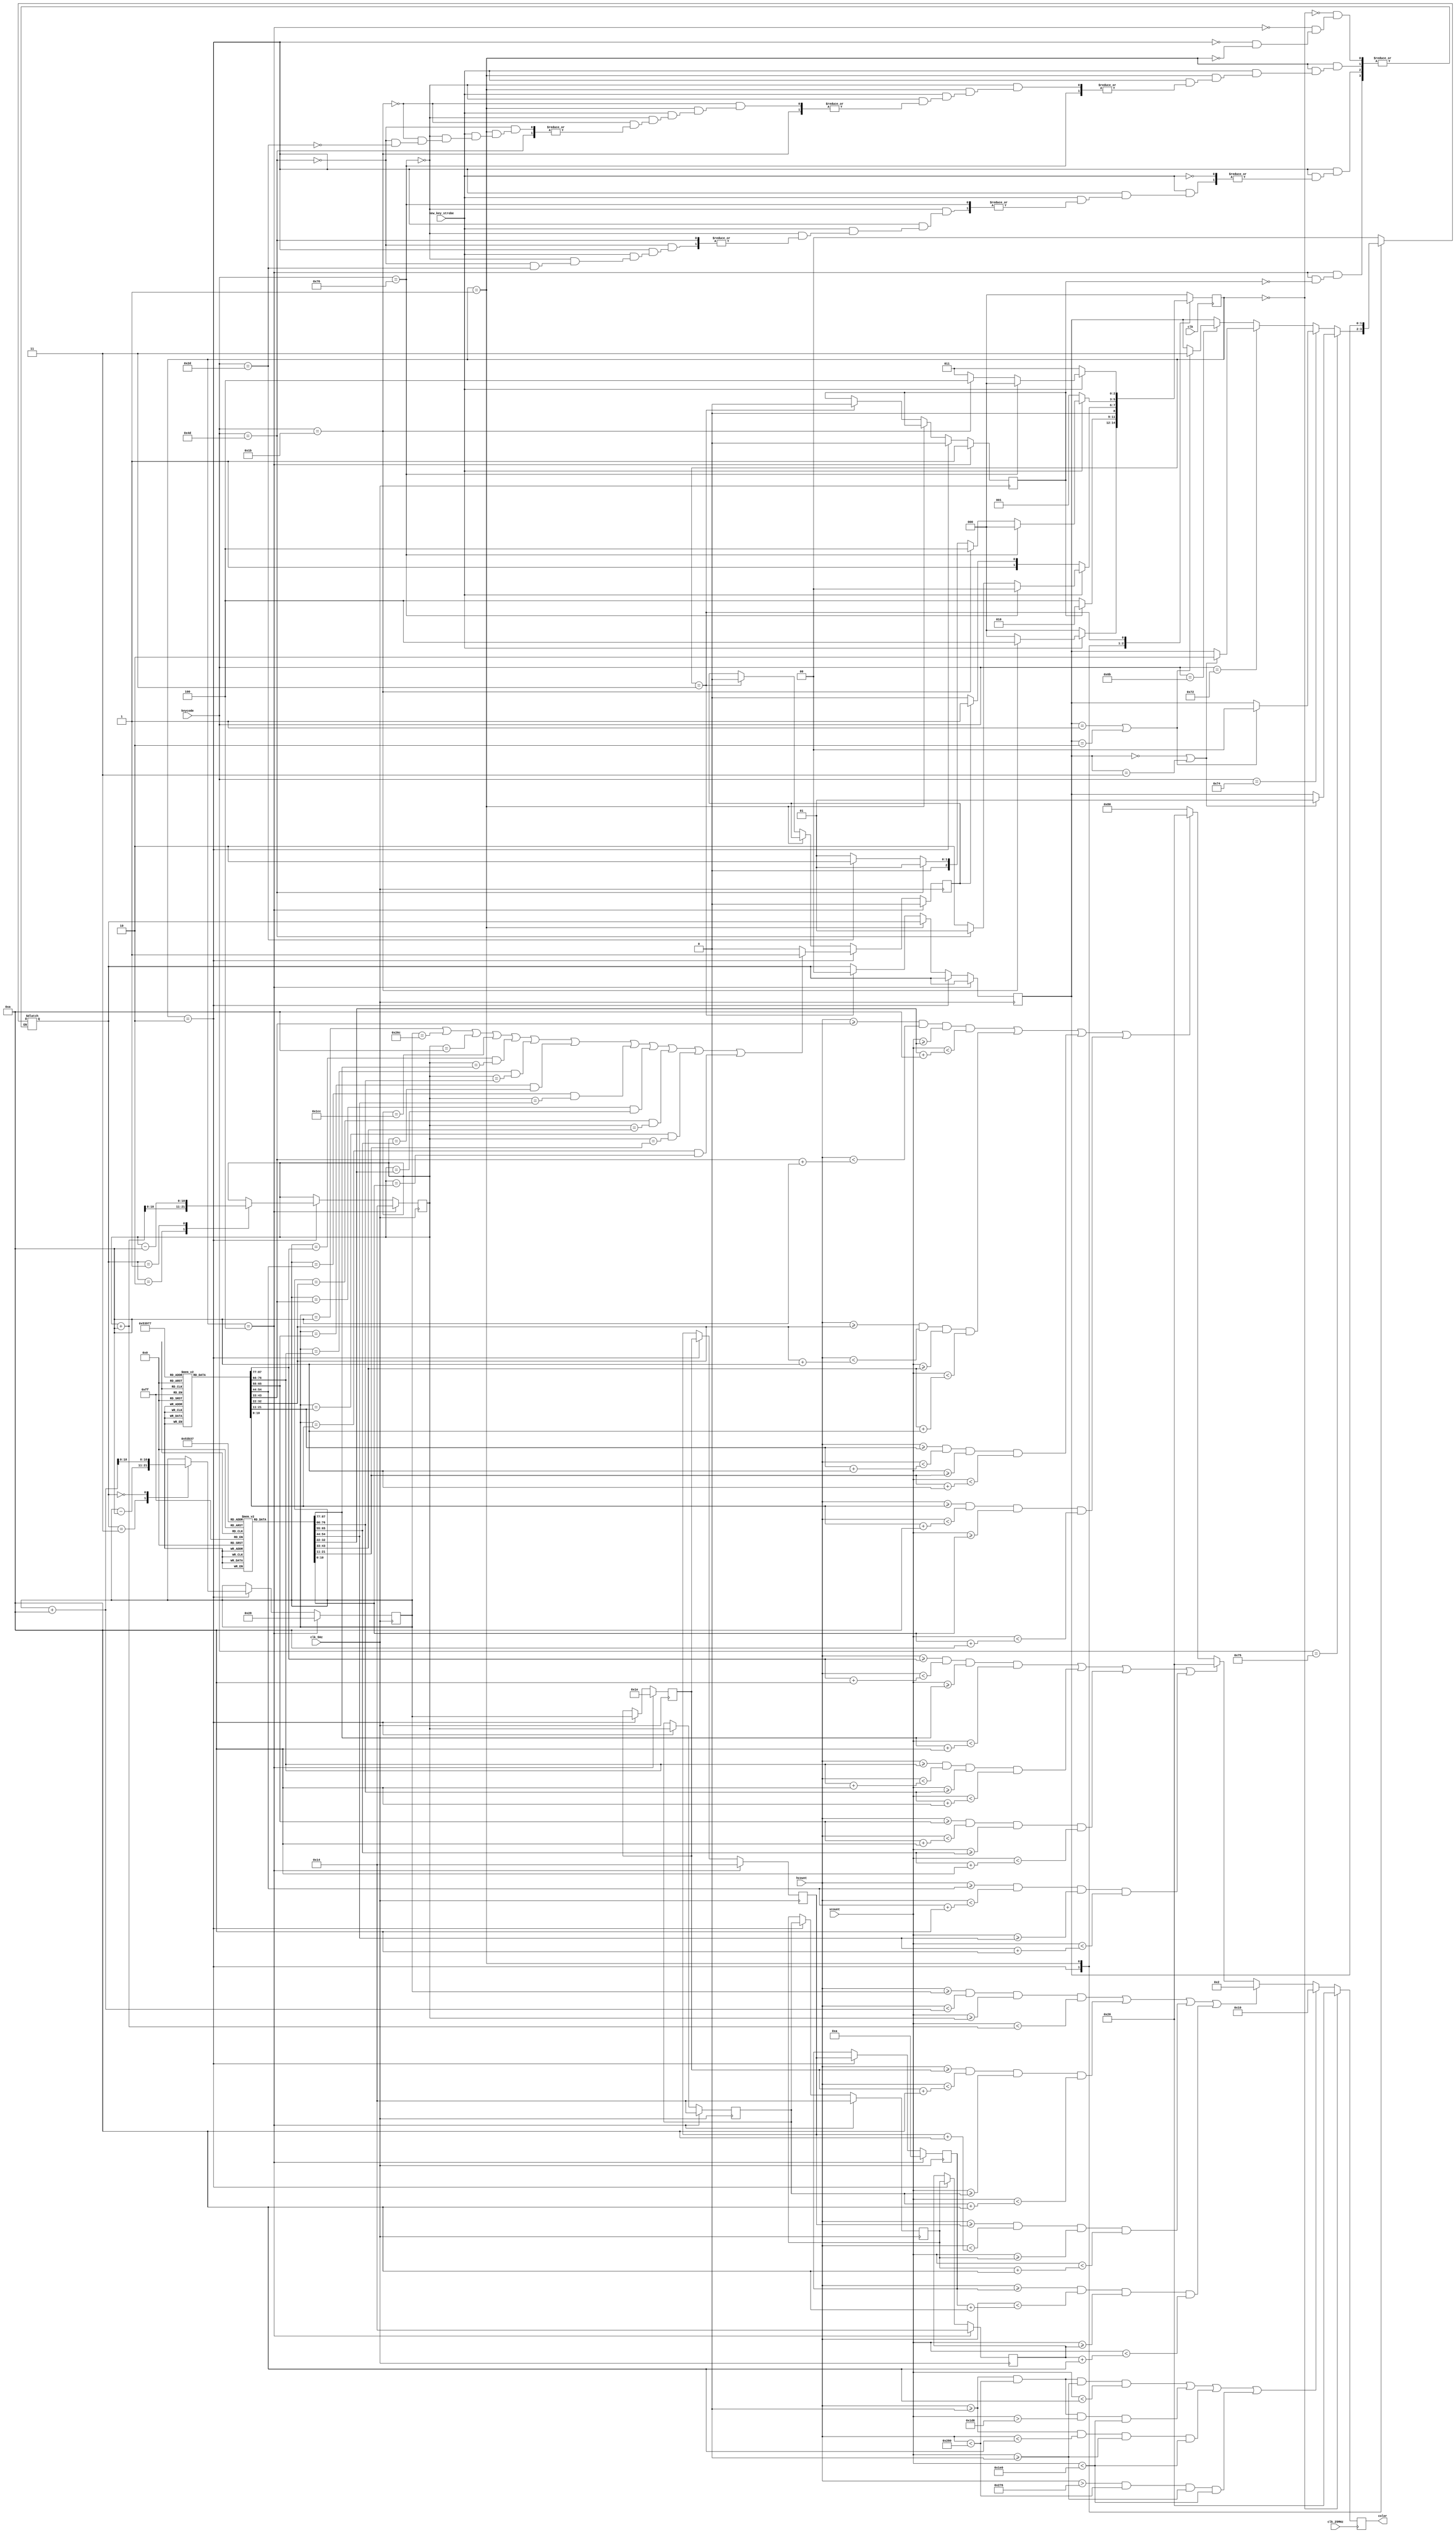
module game_state_machine(clk, clk_25MHz, clk_5Hz, keycode, new_key_strobe, hcount, vcount, color); 
input clk, clk_25MHz, clk_5Hz, new_key_strobe; 
input [10:0] hcount, vcount; //the clk_25MHz should be the same one used for VGA output
input [7:0] keycode;
output reg [7:0] color; 

reg snake;
reg [2:0] game_state; // 000 = game hasn't started yet, 001 = game is pause, 010 = normal game play, 011 = game over, 100 = start_position
reg [2:0] nxt_game_state; 
reg [1:0] direction, direction_nxt; // 00 = up, 01 = right, 10 = down, 11 = left
reg [10:0] SnakeX [0:3], SnakeY[0: 3]; //stores the X and Y coordinates of each of the 4 blocks that make up the snake 
reg collision; 

reg [10:0] BombX [0:7], BombY[0: 7];

reg sync_state, sync_state_nxt, strobe_tiny;
reg start_ack, start_flag;

parameter [2:0] game_not_started = 3'b000;
parameter [2:0] game_paused = 3'b001;
parameter [2:0] normal_game_play = 3'b010;
parameter [2:0] game_over = 3'b011;
parameter [2:0] start_position = 3'b100;

parameter [1:0] up = 2'b01;
parameter [1:0] right = 2'b00;
parameter [1:0] down = 2'b10;
parameter [1:0] left = 2'b11;

parameter [7:0] esc_key = 8'h76;
parameter [7:0] s_key = 8'h1B;
parameter [7:0] p_key = 8'h4D;
parameter [7:0] r_key = 8'h2D;
parameter [7:0] up_arrow_key = 8'h75;
parameter [7:0] right_arrow_key = 8'h74;
parameter [7:0] down_arrow_key = 8'h72;
parameter [7:0] left_arrow_key = 8'h6B;

parameter [7:0] white = 8'b10000000;
parameter [7:0] blue = 8'b00000010;
parameter [7:0] red = 8'b00010000;
parameter [7:0] black = 8'b00100000;

initial 
begin 
///place bombs /// 
BombX[0] <= 200; 
BombX[1] <= 400; 
BombX[2] <= 100; 
BombX[3] <= 200; 
BombX[4] <= 500; 
BombX[5] <= 600; 
BombX[6] <= 300; 
BombX[7] <= 400; 

BombY[0] <= 100; 
BombY[1] <= 200; 
BombY[2] <= 300; 
BombY[3] <= 400; 
BombY[4] <= 100; 
BombY[5] <= 200; 
BombY[6] <= 300; 
BombY[7] <= 400;

//put snake in starting location 
SnakeX[0] <= 40; 
SnakeX[1] <= 30; 
SnakeX[2] <= 20; 
SnakeX[3] <= 10; 

SnakeY[0] <= 20; 
SnakeY[1] <= 20; 
SnakeY[2] <= 20; 
SnakeY[3] <= 20; 

//initial direction
direction <= right; 
direction_nxt <= right; 
game_state <= game_not_started;
nxt_game_state <= game_not_started; 
collision <= 0; 

sync_state <= 0; 
start_ack <= 0; 
start_flag <=0; 

end 

//new_key_strobe reduced to single pulse 
always @(new_key_strobe, sync_state)
begin 
case(sync_state)
	0: if(new_key_strobe == 1) begin strobe_tiny = 1;  sync_state_nxt = 1; end 
	   else begin strobe_tiny = 0; sync_state_nxt = 0; end 
	1: if(new_key_strobe == 1) begin strobe_tiny = 0; sync_state_nxt = 1; end 
	   else begin strobe_tiny = 0; sync_state_nxt= 0; end 
endcase
end

always @(posedge clk)
begin 
sync_state <= sync_state_nxt; 
game_state <= nxt_game_state; 
end 


always @(strobe_tiny, collision, game_state, keycode) //whenever a key is pressed or the snake hits something, update the game state and snake direction //, collision, ack_reset
begin
    case(game_state)
	   game_not_started: begin 
           start_flag =0; 
           direction_nxt = right; 
	       if(new_key_strobe == 1'b1) begin
				if(keycode == s_key) nxt_game_state = start_position;
				else nxt_game_state = game_not_started;
			end
			else nxt_game_state = game_not_started;	  
		end
		
		start_position: if(start_ack == 0) begin nxt_game_state = start_position; start_flag = 1; end 
            /*if(new_key_strobe == 1'b1) begin
                if(keycode == esc_key) nxt_game_state = game_not_started;
                else if(keycode == s_key) nxt_game_state = start_position; 
                else if(keycode == p_key) nxt_game_state = game_paused;
                else if(keycode == r_key) nxt_game_state = normal_game_play; 
                        
                else if(keycode == up_arrow_key) begin nxt_game_state = normal_game_play; if((direction == right) || (direction == left)) direction_nxt = up; else direction_nxt = direction; end
                else if(keycode == right_arrow_key) begin nxt_game_state = normal_game_play; if((direction == up) || (direction == down)) direction_nxt = right; else direction_nxt = direction; end
                else if(keycode == down_arrow_key) begin nxt_game_state = normal_game_play; if((direction == right) || (direction == left)) direction_nxt = down; else direction_nxt = direction; end
                else if(keycode == left_arrow_key) begin nxt_game_state = normal_game_play; if((direction == up) || (direction == down)) direction_nxt = left; else direction_nxt = direction; end
                else begin nxt_game_state = normal_game_play; direction_nxt = right; end*/
            
            else begin nxt_game_state = normal_game_play; direction_nxt = right; start_flag = 0; end
        
		
        normal_game_play: begin
      
            if(new_key_strobe == 1'b1) begin
                if(keycode == esc_key) nxt_game_state = game_not_started;
                //else if(keycode == s_key) nxt_game_state = start_position; 
                else if(keycode == p_key) nxt_game_state = game_paused;
                else if(keycode == r_key) nxt_game_state = normal_game_play; 
            
                else if(keycode == up_arrow_key) begin nxt_game_state = normal_game_play; if((direction == right) || (direction == left)) direction_nxt = up; else  direction_nxt = direction; end
                else if(keycode == right_arrow_key) begin nxt_game_state = normal_game_play; if((direction == up) || (direction == down)) direction_nxt = right; else direction_nxt = direction; end
                else if(keycode == down_arrow_key) begin nxt_game_state = normal_game_play; if((direction == right) || (direction == left)) direction_nxt = down; else direction_nxt = direction; end
                else if(keycode == left_arrow_key) begin nxt_game_state = normal_game_play; if((direction == up) || (direction == down)) direction_nxt = left; else direction_nxt = direction; end
                else begin nxt_game_state = normal_game_play; direction_nxt = direction; end
            end
            else if(collision == 1'b1) nxt_game_state = game_over;
            else nxt_game_state = normal_game_play;
		end
		
		game_paused: begin
            if(new_key_strobe == 1'b1) begin
                if(keycode == esc_key) nxt_game_state = game_not_started;
                else if(keycode == s_key) begin nxt_game_state = start_position; end
                else if(keycode == p_key) nxt_game_state = game_paused;
                else if(keycode == r_key) begin nxt_game_state = normal_game_play; direction_nxt = direction; end 
                else nxt_game_state = game_paused;
            end
            else begin nxt_game_state = game_paused; direction_nxt = direction; end ;
		end
			
		game_over: begin
            if(new_key_strobe == 1'b1) begin
                if(keycode == esc_key) nxt_game_state = game_not_started;
			    else if(keycode == s_key) nxt_game_state = start_position;
			    else nxt_game_state = game_over;
            end
		    else nxt_game_state = game_over;
        end
        
        default: nxt_game_state = game_not_started;
	endcase
end




// update snake location at 5 FPS
always @(posedge clk_5Hz)
begin 

   direction <= direction_nxt; 
    
    if(game_state == start_position) begin
         SnakeX[0] <= 40; 
         SnakeX[1] <= 30; 
         SnakeX[2] <= 20; 
         SnakeX[3] <= 10; 
         SnakeY[0] <= 20; 
         SnakeY[1] <= 20; 
         SnakeY[2] <= 20; 
         SnakeY[3] <= 20; 
		 start_ack <= 1; 
		 collision <= 0; 
    end
	else if(game_state == normal_game_play) begin 
		start_ack <= 0; 
		  case(direction_nxt) //move the snake head based on the direction 
		      left: SnakeX[0] <= SnakeX[0] - 10;  
		      down: SnakeY[0] <= SnakeY[0] + 10;  
		      up: SnakeY[0] <= SnakeY[0] - 10; 
		      right: SnakeX[0] <= SnakeX[0] + 10;   
		  endcase 
		  //move the rest of the snake
		  SnakeX[1] <= SnakeX[0];
		  SnakeX[2] <= SnakeX[1];
		  SnakeX[3] <= SnakeX[2];
		  SnakeY[1] <= SnakeY[0];
		  SnakeY[2] <= SnakeY[1];
		  SnakeY[3] <= SnakeY[2];
		  //check for collision
		 // if((SnakeX[0] == 11'd10) || (SnakeX[0] == 11'd620) || (SnakeY[0] == 11'd10) || (SnakeY[0] == 11'd460)) collision <= 1;
		  if((SnakeX[0] == 11'd10) || (SnakeX[0] == 11'd620) || (SnakeY[0] == 11'd10) || (SnakeY[0] == 11'd460) 
		          || ((SnakeX[0] == BombX[0]) && (SnakeY[0] == BombY[0])) || ((SnakeX[0] == BombX[1]) && (SnakeY[0] == BombY[1]))
		          || ((SnakeX[0] == BombX[2]) && (SnakeY[0] == BombY[2])) || ((SnakeX[0] == BombX[3]) && (SnakeY[0] == BombY[3]))
		          || ((SnakeX[0] == BombX[4]) && (SnakeY[0] == BombY[4])) || ((SnakeX[0] == BombX[5]) && (SnakeY[0] == BombY[5]))
		          || ((SnakeX[0] == BombX[6]) && (SnakeY[0] == BombY[6])) || ((SnakeX[0] == BombX[7]) && (SnakeY[0] == BombY[7])))
		          collision <= 1;
		  
		  else collision <= 0;
    end
    else if((game_state == game_paused) ) begin 
        SnakeX[0] <= SnakeX[0];
        SnakeX[1] <= SnakeX[1];
        SnakeX[2] <= SnakeX[2];
        SnakeX[3] <= SnakeX[3];
        SnakeY[0] <= SnakeY[0];
        SnakeY[1] <= SnakeY[1];
        SnakeY[2] <= SnakeY[2];
        SnakeY[3] <= SnakeY[3];
    end
	else if(game_state == game_over ) begin
	    start_ack <= 0; 
		collision <= 0; 
		direction <= right; 
        SnakeX[0] <= SnakeX[0];
        SnakeX[1] <= SnakeX[1];
        SnakeX[2] <= SnakeX[2];
        SnakeX[3] <= SnakeX[3];
        SnakeY[0] <= SnakeY[0];
        SnakeY[1] <= SnakeY[1];
        SnakeY[2] <= SnakeY[2];
        SnakeY[3] <= SnakeY[3];
    end
end 


always @(posedge clk_25MHz)
begin 
if(game_state == game_not_started) begin  color <= black; end 
//else if(game_state == game_over)begin color <= white; end 

else 
begin
 if(((hcount >= 0 ) && (hcount < 640) && (vcount >= 0) && (vcount < 10)) || ((hcount >= 0 ) && (hcount<640) && (vcount >470) && (vcount < 480)) || ((hcount >= 0 ) && (hcount<10) && (vcount >=0) && (vcount < 480)) || ((hcount > 630 ) && (hcount<640) && (vcount >=0) && (vcount < 480)))
		begin color <= red; end //if the scanner is at the coordinates of a boundary, make that pixel red
	else if( ((hcount >= SnakeX[0]) && (hcount < (SnakeX[0] + 10)) && (vcount >= SnakeY[0]) && (vcount < (SnakeY[0] +10) )) || ((hcount >= SnakeX[1]) && (hcount < (SnakeX[1] + 10)) && (vcount >= SnakeY[1]) && (vcount < (SnakeY[1] +10) ))|| ((hcount >= SnakeX[2]) && (hcount < (SnakeX[2] + 10)) && (vcount >= SnakeY[2]) && (vcount < (SnakeY[2] +10) )) || ((hcount >= SnakeX[3]) && (hcount < (SnakeX[3] + 10)) && (vcount >= SnakeY[3]) && (vcount < (SnakeY[3] +10) )) )
		begin color <= blue; end  //if the scanner is at the coordinates of any of the snake blocks, make that pixel blue
	else 
	if( ((hcount >= BombX[0]) && (hcount < (BombX[0] + 10)) && (vcount >= BombY[0]) && (vcount < (BombY[0] +10) )) || ((hcount >= BombX[1]) && (hcount < (BombX[1] + 10)) && (vcount >= BombY[1]) && (vcount < (BombY[1] +10) ))|| ((hcount >= BombX[2]) && (hcount < (BombX[2] + 10)) && (vcount >= BombY[2]) && (vcount < (BombY[2] +10) )) || ((hcount >= BombX[3]) && (hcount < (BombX[3] + 10)) && (vcount >= BombY[3]) && (vcount < (BombY[3] +10) )) )
		begin color <= black; end 
		
	else 
	if( ((hcount >= BombX[4]) && (hcount < (BombX[4] + 10)) && (vcount >= BombY[4]) && (vcount < (BombY[4] +10) )) || ((hcount >= BombX[5]) && (hcount < (BombX[5] + 10)) && (vcount >= BombY[5]) && (vcount < (BombY[5] +10) ))|| ((hcount >= BombX[6]) && (hcount < (BombX[6] + 10)) && (vcount >= BombY[6]) && (vcount < (BombY[6] +10) )) || ((hcount >= BombX[7]) && (hcount < (BombX[7] + 10)) && (vcount >= BombY[7]) && (vcount < (BombY[7] +10) )) )
		begin color <= black; end 
	else 
		begin color <= white; end  //otherwise make the pixel white

end
end 

endmodule